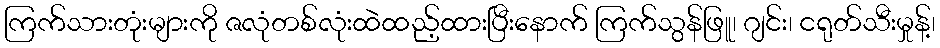
ကြက်သားတုံးများကို ဇလုံတစ်လုံးထဲထည့်ထားပြီးနောက် ကြက်သွန်ဖြူ၊ ဂျင်း၊ ငရုတ်သီးမှုန့်၊